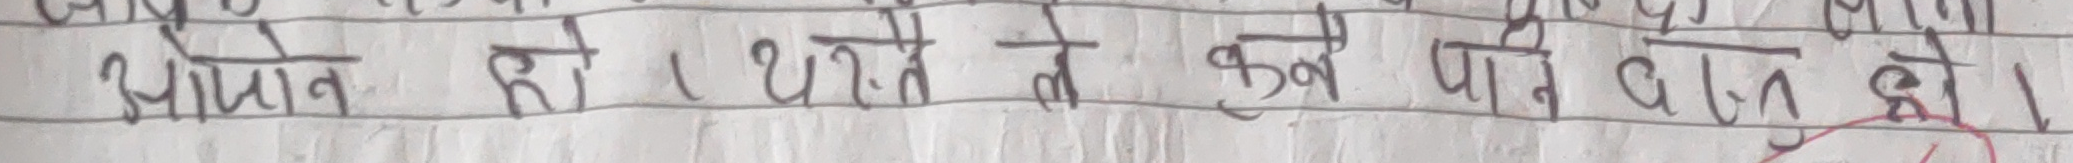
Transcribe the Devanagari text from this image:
अझान हो । थोरै ले कुनै पनि बात छो।